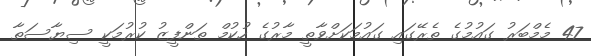
47 މެމްބަރު ގައުމުގެ ތެރޭގައި ގައުމަކަށްވާތީ މާރުގެ ހުކުމް ތަންފީޒު ކުރުމަކީ ސިޔާސަތާ